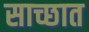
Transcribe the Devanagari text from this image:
साच्छात